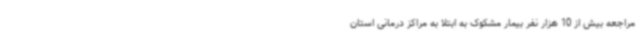
مراجعه بیش از 10 هزار نفر بیمار مشکوک به ابتلا به مراکز درمانی استان